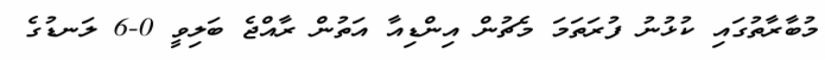
މުބާރާތުގައި ކުޅުނު ފުރަތަމަ މެޗުން އިންޑިއާ އަތުން ރާއްޖެ ބަލިވީ 0-6 ލަނޑުގެ